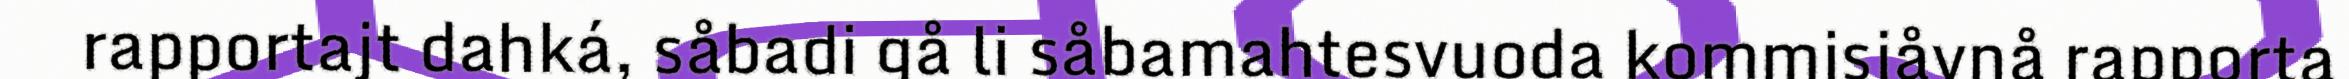
rapportajt dahká, såbadi gå li såbamahtesvuoda kommisjåvnå rapporta